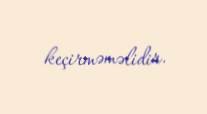
keçirməməlidir.